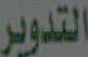
التدوير